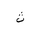
Letter: _tha